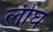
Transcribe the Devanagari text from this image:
लीघ